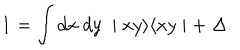
{ \textbf 1 } = \int d x \; d y \; \mid x y \rangle \langle x y \mid + \; \Delta .